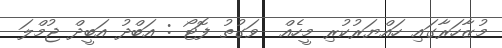
މުޒާހަރާގައި ހައްޔަރުކުރި މީހެއް  ވަގުތު ފޮޓޯ : އަބްދު އަބީދް ޖުމްލަ